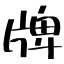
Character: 牌